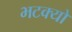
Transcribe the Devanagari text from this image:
भटक्‍यो